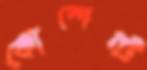
কোশেন্ট